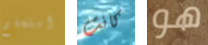
استسلم كانت هو